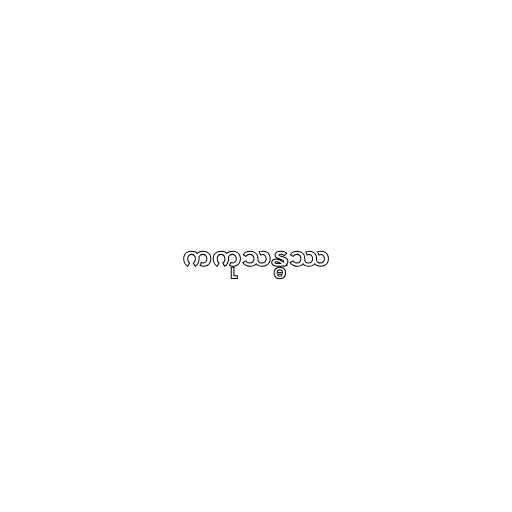
ကကုသန္ဓဿ